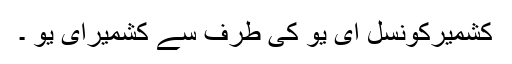
کشمیرکونسل ای یو کی طرف سے کشمیرای یو ۔